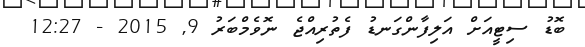
ބޮޑު ސިޓީއަށް އަލިފާންގަނޑު ފެތުރިއްޖެ ނޮވެމްބަރު 9